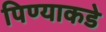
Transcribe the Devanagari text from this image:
पिण्याकडे